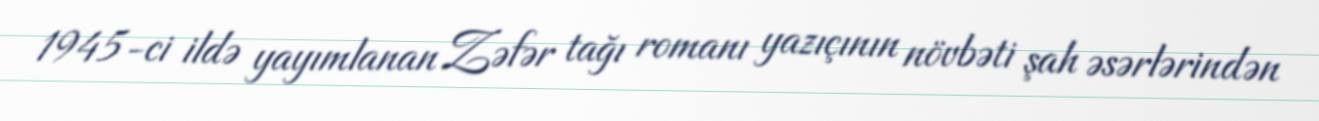
1945-ci ildə yayımlanan Zəfər tağı romanı yazıçının növbəti şah əsərlərindən